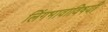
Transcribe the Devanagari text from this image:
लिंगभावाविषयी